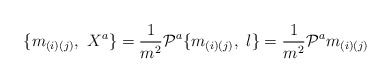
\begin{align*}\{m_{(i)(j)}, \ X^{a} \}={1 \over m^{2}}{\cal P}^{a}\{m_{(i)(j)}, \ l \}={1 \over m^{2}}{\cal P}^{a}m_{(i)(j)}\end{align*}